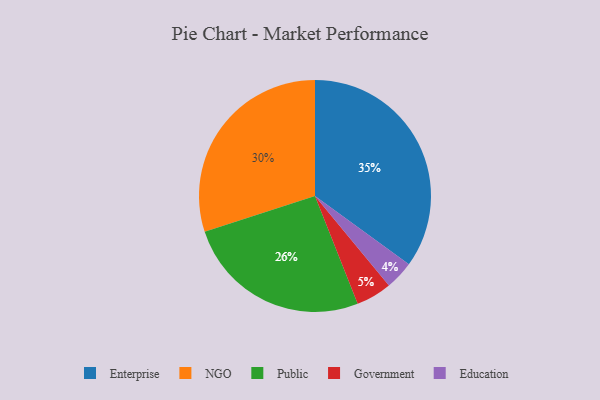
{"axis": {"x": "Category", "y": "Percentage"}, "legend": ["Education", "Enterprise", "Government", "NGO", "Public"], "data": [{"x": "Education", "y": 4, "type": "Education"}, {"x": "NGO", "y": 30, "type": "NGO"}, {"x": "Enterprise", "y": 35, "type": "Enterprise"}, {"x": "Public", "y": 26, "type": "Public"}, {"x": "Government", "y": 5, "type": "Government"}]}